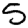
Digit: 5